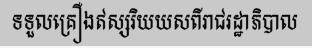
ទទួលគ្រឿងឥស្សរិយយសពីរាជរដ្ឋាភិបាល